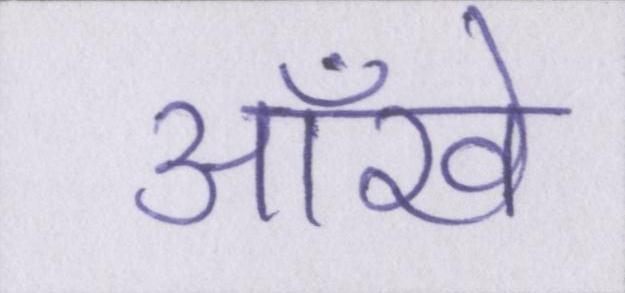
आँखे